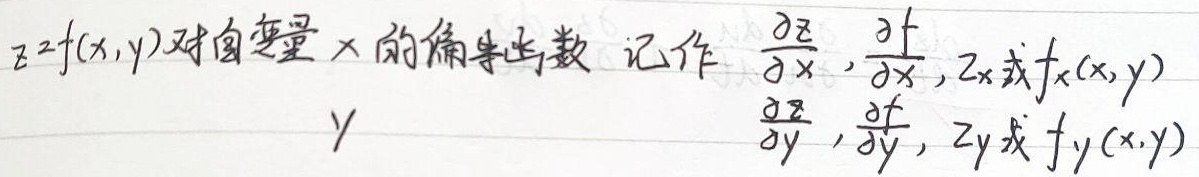
\(z = f(x,y)\) 对自变量 \(x\) 的偏导数，记作 \(\frac{\partial z}{\partial x}\)、\(\frac{\partial f}{\partial x}\)、\(z_x\) 或 \(f_x(x,y)\)；对自变量 \(y\) 的偏导数，记作 \(\frac{\partial z}{\partial y}\)、\(\frac{\partial f}{\partial y}\)、\(z_y\) 或 \(f_y(x,y)\)。